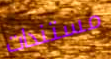
مستندات